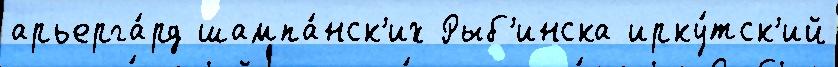
арьерга́рд шампа́нск'их Рыб'инска ирку́тск'ий